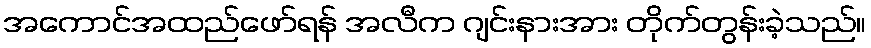
အကောင်အထည်ဖော်ရန် အလီက ဂျင်းနားအား တိုက်တွန်းခဲ့သည်။